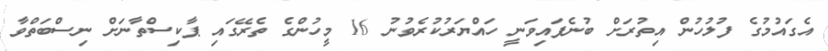
އެގައުމުގެ ފުލުހުން އިތުރަށް ބުނެފައިވަނީ ހައްޔަރުކުރެވުނު 16 މީހުންގެ ތެރޭގައި ޕާކިސްތާނަށް ނިސްބަތްވާ